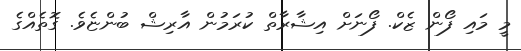
މީ މައި ފޯން ޒެކް. ފޯނަށް އިޝާރާތް ކުރަމުން އާރިޝް ބުންޏެވެ. ގޮތެއްގެ